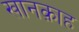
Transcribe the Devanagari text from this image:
खानक़ाह